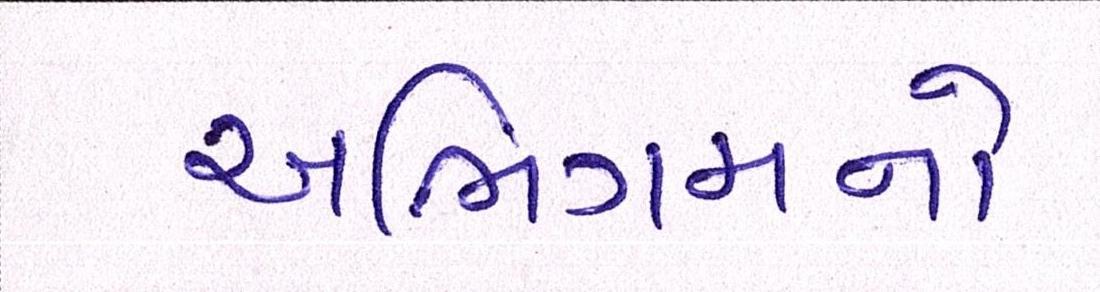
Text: અભિગમનો